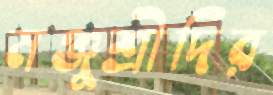
মঞ্জুশ্রীদির